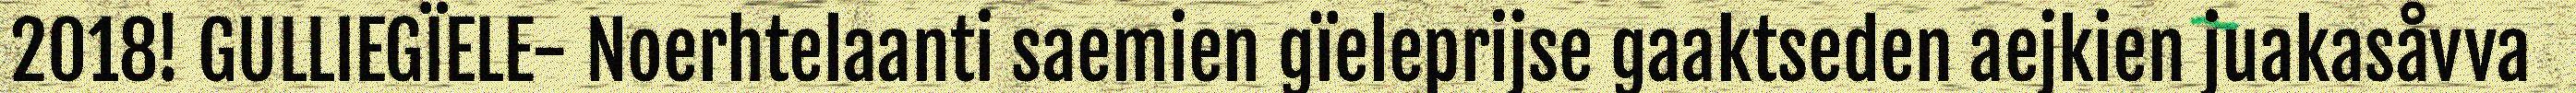
2018! GULLIEGÏELE- Noerhtelaanti saemien gïeleprijse gaaktseden aejkien juakasåvva